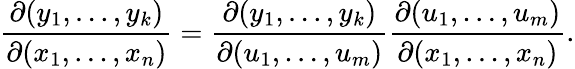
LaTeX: {\frac{\partial(y_{1},\ldots,y_{k})}{\partial(x_{1},\ldots,x_{n})}}={\frac{\partial(y_{1},\ldots,y_{k})}{\partial(u_{1},\ldots,u_{m})}}{\frac{\partial(u_{1},\ldots,u_{m})}{\partial(x_{1},\ldots,x_{n})}}.